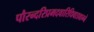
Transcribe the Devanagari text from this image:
पौरन्दरिप्रमदवारिधिवाडवाग्ने